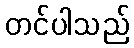
တင်ပါသည်